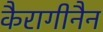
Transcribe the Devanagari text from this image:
कैरागीनैन